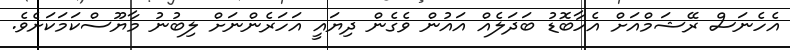
އެހެނަސް ރޭޝަމްއަށް އެހާބޮޑު ބަދަލެއް އައުން ވެގެން ދިޔައީ އަހަރެންނަށް ލިބުނު މާޔޫސްކަމަކަށެވެ.